Mental hospitals Bombay report 1929-33 - 1929-1933
Year: 1929
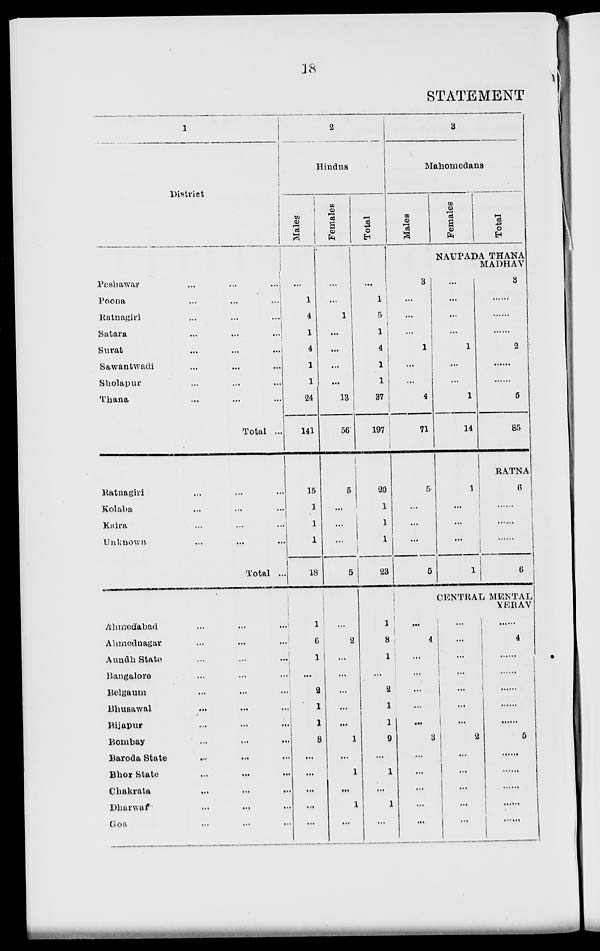
18
STATEMENT
1
District
Peshawar
...
...
...
Poona
...
...
...
Ratnagiri
...
...
...
Satara
...
...
....
Surat ... ... ...
Sawantwadi ... ... ...
Sholapur ... ... ...
Thana ... ... ...
Total ...
Ratnagiri ... ... ...
Kolaba ... ... ...
Kaira ... ... ...
Unknown ... ... ...
Total ...
Ahmedabad ... ... ...
Ahmednagar ... ... ...
Aundh State ... ... ...
Bangalore ... ... ...
Belgaum ... ... ...
Bhusawal ... ... ...
Bijapur ... ... ...
Bombay ... ... ...
Baroda State ... ... ....
Bhor State ... ... ...
Chakrata ... ... ...
Dharwar ... ... ...
Goa ... ... ...
2
Hindus
Males
...
1
4
1
4
1
1
24
141
15
1
1
1
18
1
6
1
...
2
1
1
8
...
...
...
...
...
Females
...
...
1
...
...
...
...
13
56
5
...
...
...
5
...
2
...
...
...
...
...
1
...
1
...
1
...
Total
...
1
5
1
4
1
1
37
197
20
1
1
1
23
1
8
1
...
2
1
1
9
...
1
...
1
...
3
Mahomedans
Males
Females
Total
NAUPADA THANA
MADHAV
3
...
...
...
1
...
...
4
71
5
...
...
...
5
...
...
...
...
1
...
...
1
14
1
...
...
...
1
3
......
......
......
2
......
......
5
85
RATNA
6
......
......
6
CENTRAL MENTAL
YERAV
...
4
...
...
...
...
...
3
...
...
...
...
...
...
...
...
...
...
...
...
2
...
...
...
...
...
4
......
......
......
......
......
5
......
......
......
......
......